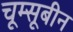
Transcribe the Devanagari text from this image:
चूम्सूबीन